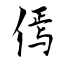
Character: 傿